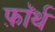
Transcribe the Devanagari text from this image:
फ़ाॅर्थ